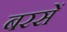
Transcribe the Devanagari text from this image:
बरसें